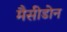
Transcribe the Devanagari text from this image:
मैसीडोन